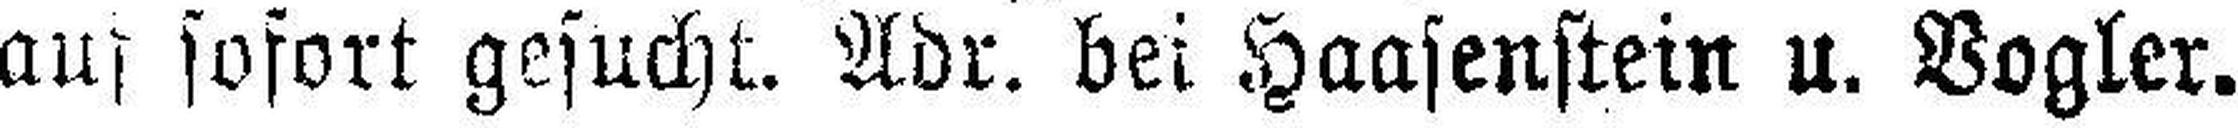
auf sofort gesucht. Adr, bei Haasenstein u. Vogler.